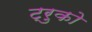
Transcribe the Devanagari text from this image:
ट्रुको